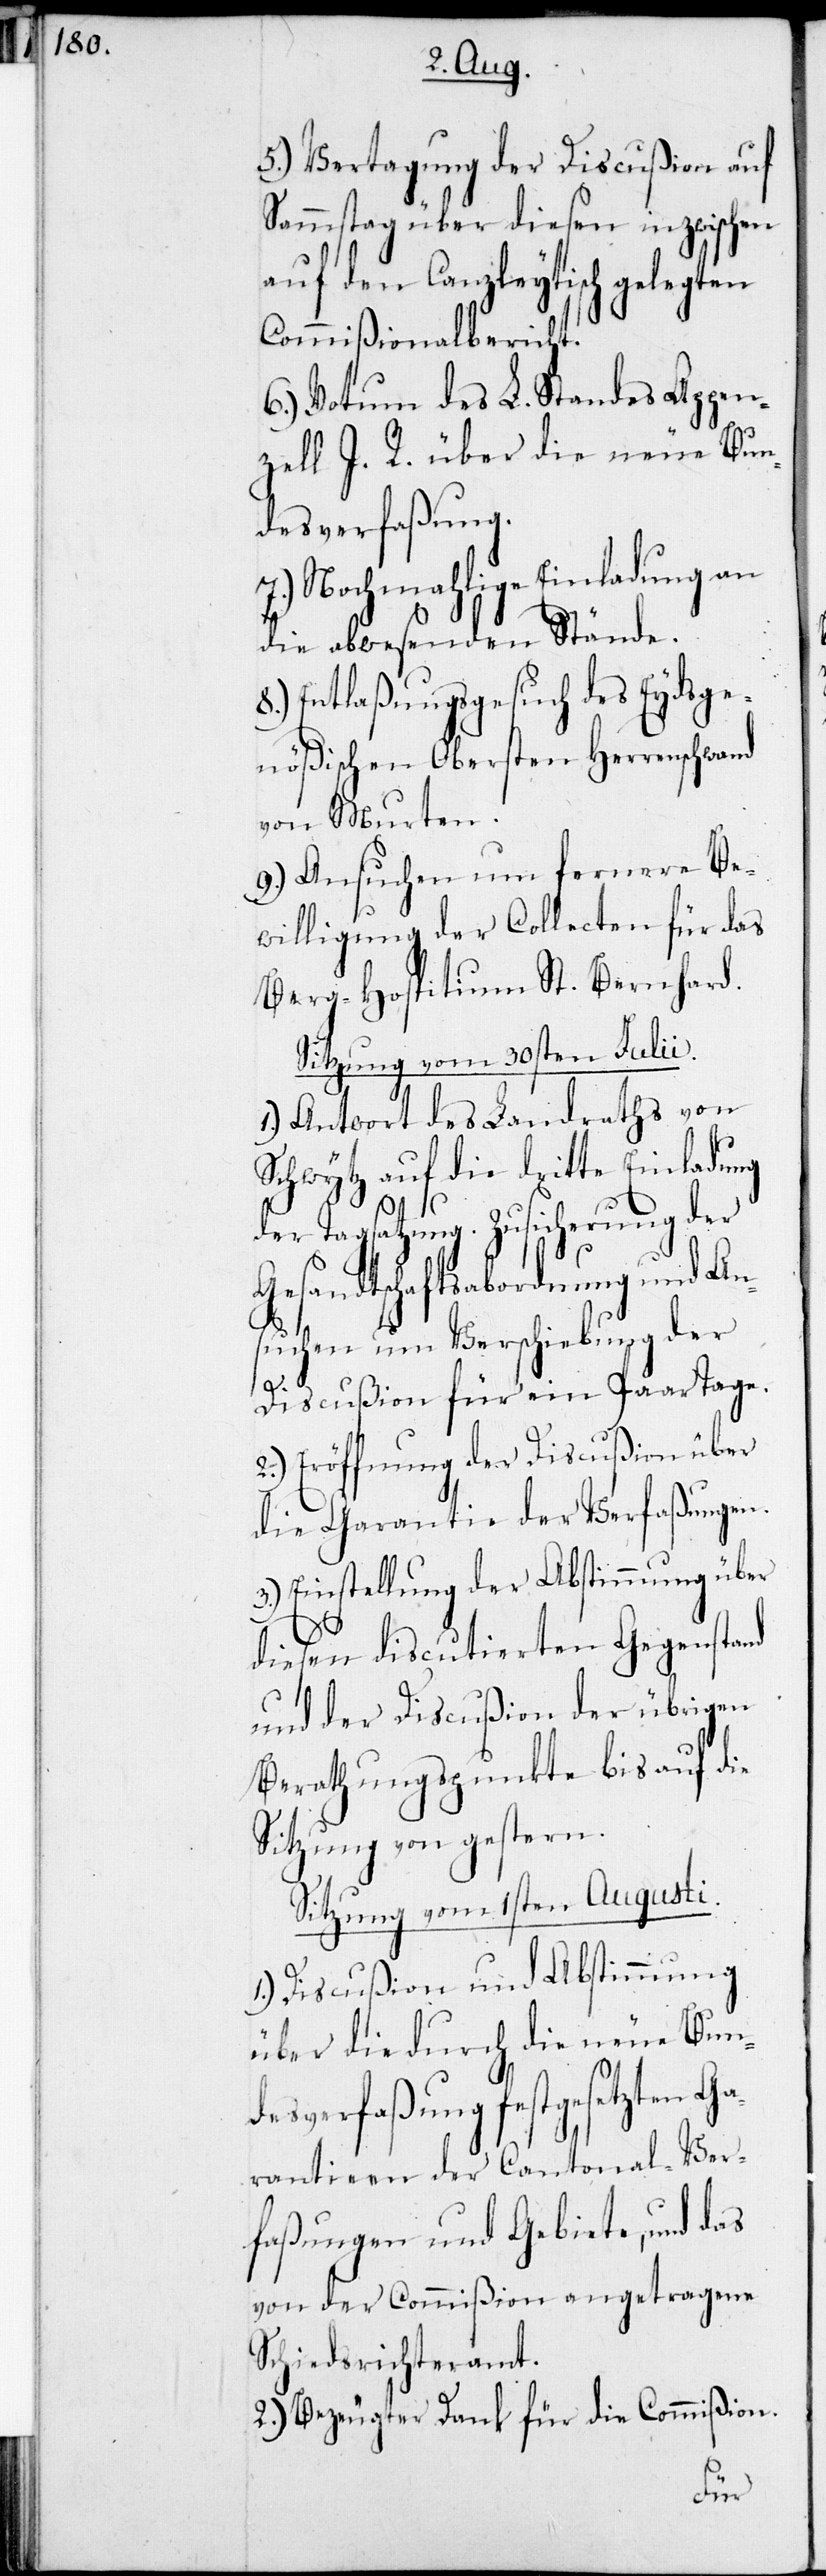
5.) Vertagung der Discußion auf
Sammstag über diesen inzwischen
auf den Canzleytisch gelegten
Commißionalbericht.
6.) Votum des L. Standes Appen¬
zell I. R. über die neue Bun¬
desverfaßung.
7.) Nochmahlige Einladung an
die abwesenden Stände.
8.) Entlaßungsgesuch des Eydsge¬
nößischen Obersten Herrenschwand
von Murten.
9.) Ansuchen um fernere Be¬
willigung der Collecten für das
Berg-Hospitium St. Bernhard.
Sitzung vom 30sten Julii.
1.) Antwort des Landraths von
Schwytz auf die dritte Einladung
der Tagsatzung. Zusicherung der
Gesandtschaftsabordnung und An¬
suchen um Verschiebung der
Discußion für ein Paar Tage.
2.) Eröffnung der Discußion über
die Garantie der Verfaßungen.
3.) Einstellung der Abstimmung über
diesen discutierten Gegenstand
und der Discußion der übrigen
Berathungspunkte bis auf die
Sitzung von gestern.
Sitzung vom 1sten Augusti.
1.) Discußion und Abstimmung
über die durch die neue Bun¬
desverfaßung festgesetzten Ga¬
rantien der Cantonal-Ver¬
faßungen und Gebiete, und das
von der Commißion angetragene
Schiedsrichteramt.
2.) Bezeugter Dank für die Commißion.